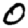
Digit: 0